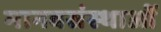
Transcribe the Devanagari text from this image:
मानवसंस्थाओं